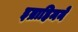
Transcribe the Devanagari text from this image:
इब्राहिमने